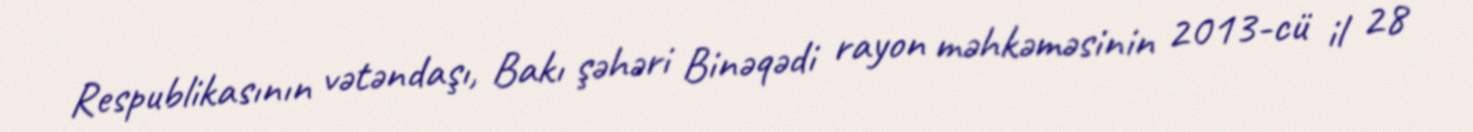
Respublikasının vətəndaşı, Bakı şəhəri Binəqədi rayon məhkəməsinin 2013-cü il 28